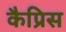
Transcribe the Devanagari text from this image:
कैप्रिस